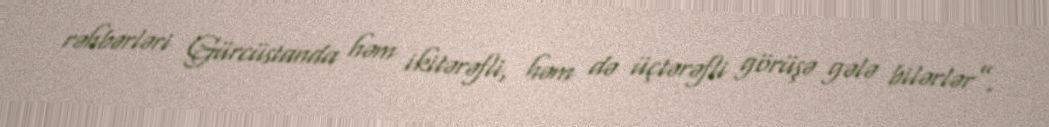
rəhbərləri Gürcüstanda həm ikitərəfli, həm də üçtərəfli görüşə gələ bilərlər”.